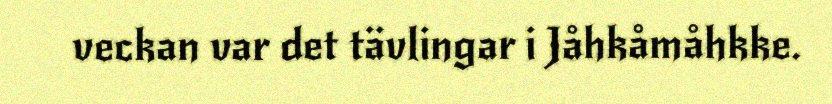
veckan var det tävlingar i Jåhkåmåhkke.